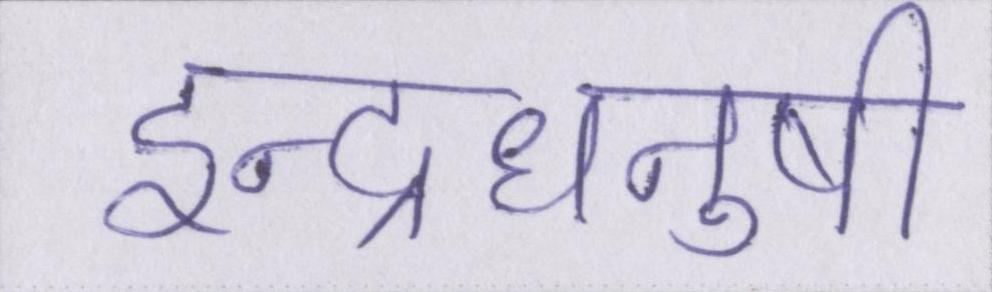
इन्द्रधनुषी